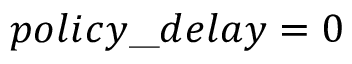
p o l i c y \_ d e l a y = 0